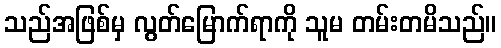
သည်အဖြစ်မှ လွတ်မြောက်ရာကို သူမ တမ်းတမိသည်။